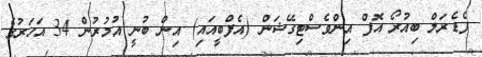
ފެޑެރަލް ބިއުރޯ އޮފް އިންވެސްޓިގޭޝަން (އެފްބީއައި) އިން ބުނީ އުމުރުން 34 އަހަރުގެ